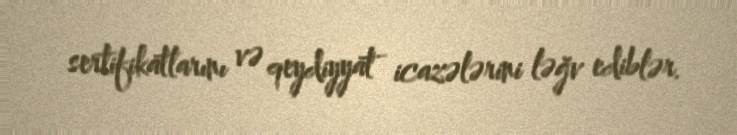
sertifikatlarını və qeydiyyat icazələrini ləğv ediblər.